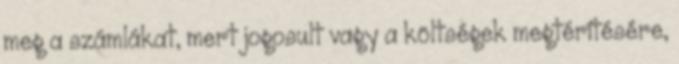
meg a számlákat, mert jogosult vagy a költségek megtérítésére,